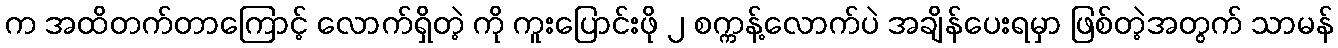
က အထိတက်တာကြောင့် လောက်ရှိတဲ့ ကို ကူးပြောင်းဖို ၂ စက္ကန့်လောက်ပဲ အချိန်ပေးရမှာ ဖြစ်တဲ့အတွက် သာမန်